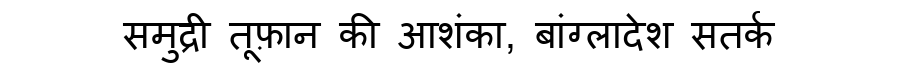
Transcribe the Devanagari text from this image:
समुद्री तूफ़ान की आशंका, बांग्लादेश सतर्क